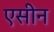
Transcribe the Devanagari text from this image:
एसीन